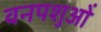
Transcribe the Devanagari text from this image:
वनपशुओं